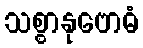
သစ္စာနုဗောဓံ